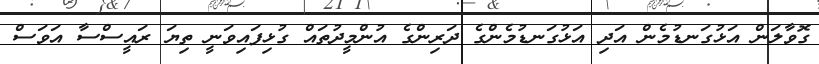
ގޮވާލަން އަޅުގަނޑުމެން އަދި އަޅުގަނޑުމެންގެ ދަރިންގެ އުންމީދުތައް ގުޅިފައިވަނީ ތިޔަ ރައީސްސާ އަވަސް